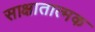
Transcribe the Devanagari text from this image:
साक्षातात्मक